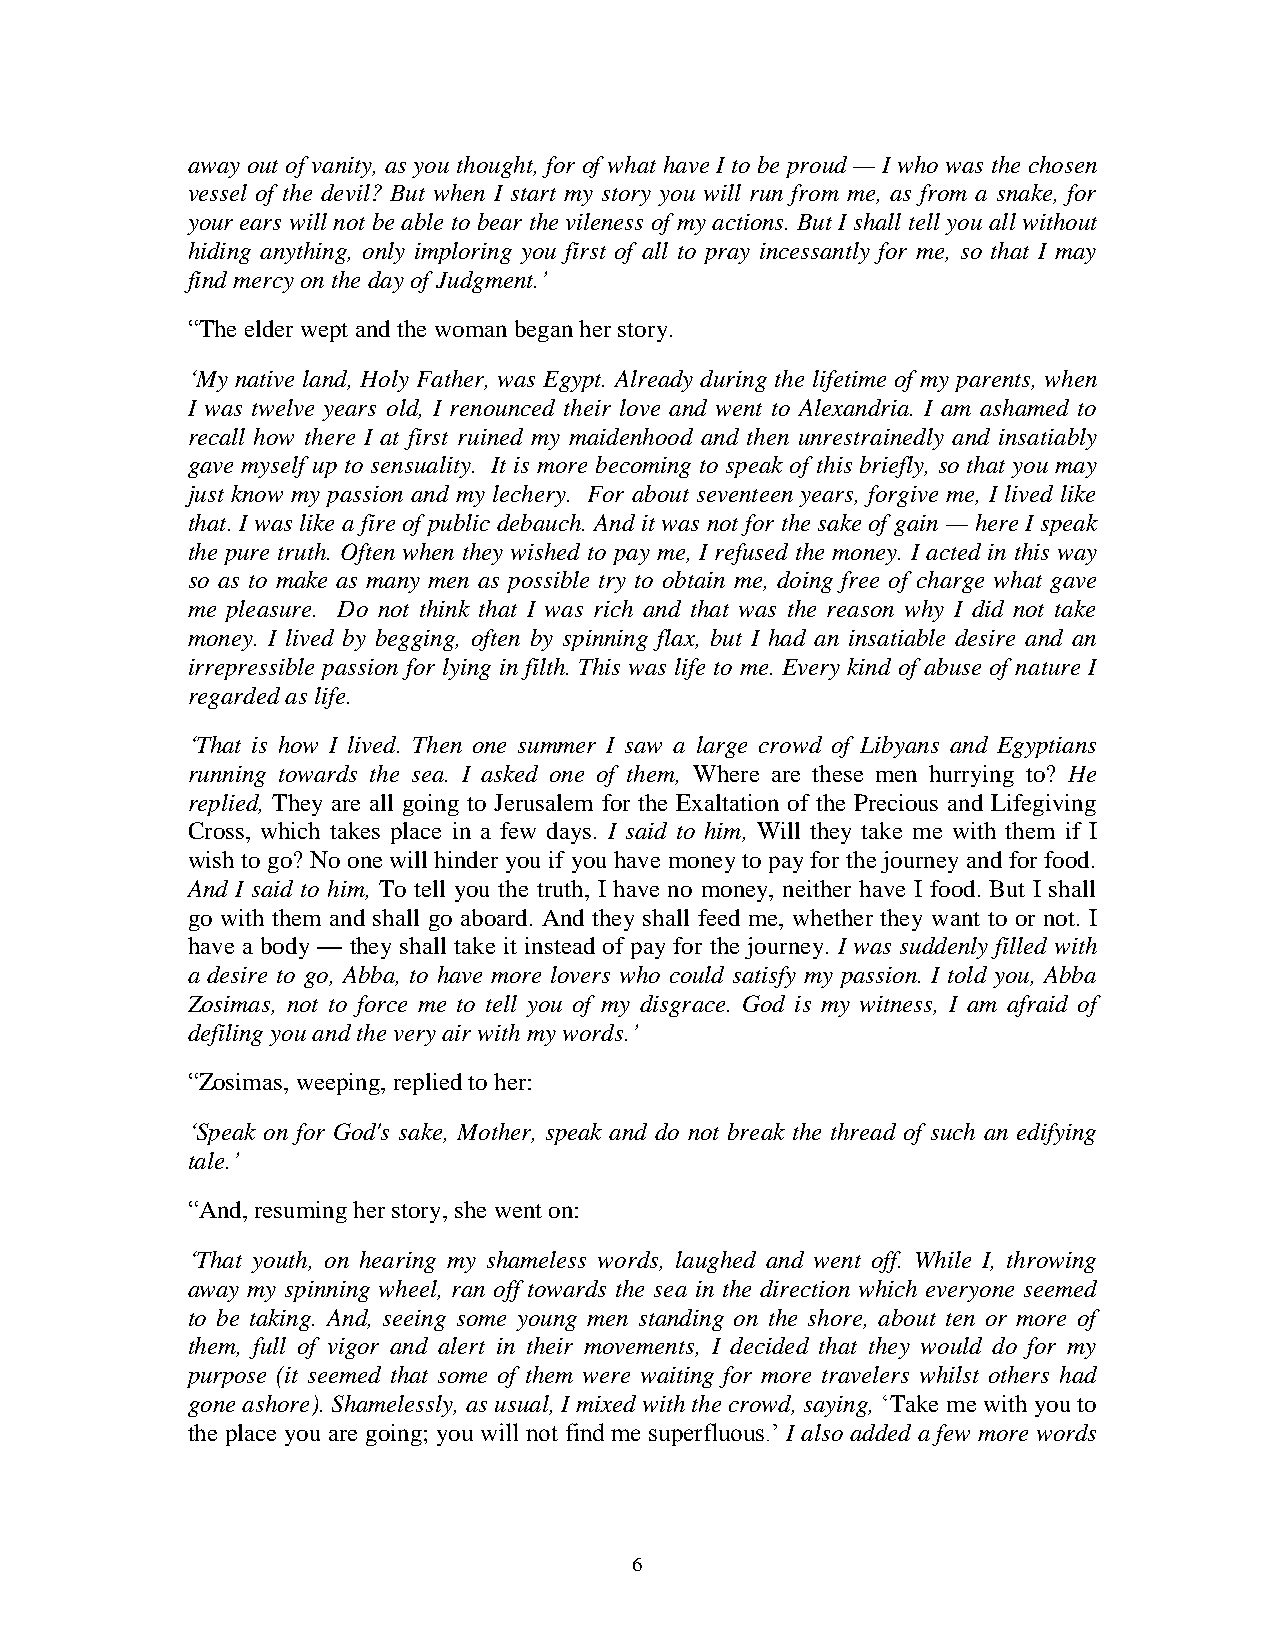
away out of vanity, as you thought, for of what have I to be proud — I who was the chosen
 vessel of the devil? But when I start my story you will run from me, as from a snake, for
 your ears will not be able to bear the vileness of my actions. But I shall tell you all without
 hiding anything, only imploring you first of all to pray incessantly for me, so that I may
 find mercy on the day of Judgment.’
 “The elder wept and the woman began her story.
 ‘My native land, Holy Father, was Egypt. Already during the lifetime of my parents, when
 I was twelve years old, I renounced their love and went to Alexandria. I am ashamed to
 recall how there I at first ruined my maidenhood and then unrestrainedly and insatiably
 gave myself up to sensuality. It is more becoming to speak of this briefly, so that you may
 just know my passion and my lechery. For about seventeen years, forgive me, I lived like
 that. I was like a fire of public debauch. And it was not for the sake of gain — here I speak
 the pure truth. Often when they wished to pay me, I refused the money. I acted in this way
 so as to make as many men as possible try to obtain me, doing free of charge what gave
 me pleasure. Do not think that I was rich and that was the reason why I did not take
 money. I lived by begging, often by spinning flax, but I had an insatiable desire and an
 irrepressible passion for lying in filth. This was life to me. Every kind of abuse of nature I
 regarded as life.
 ‘That is how I lived. Then one summer I saw a large crowd of Libyans and Egyptians
 running towards the sea. I asked one of them, Where are these men hurrying to? He
 replied, They are all going to Jerusalem for the Exaltation of the Precious and Lifegiving
 Cross, which takes place in a few days. I said to him, Will they take me with them if I
 wish to go? No one will hinder you if you have money to pay for the journey and for food.
 And I said to him, To tell you the truth, I have no money, neither have I food. But I shall
 go with them and shall go aboard. And they shall feed me, whether they want to or not. I
 have a body — they shall take it instead of pay for the journey. I was suddenly filled with
 a desire to go, Abba, to have more lovers who could satisfy my passion. I told you, Abba
 Zosimas, not to force me to tell you of my disgrace. God is my witness, I am afraid of
 defiling you and the very air with my words.’
 “Zosimas, weeping, replied to her:
 ‘Speak on for God's sake, Mother, speak and do not break the thread of such an edifying
 tale.’
 “And, resuming her story, she went on:
 ‘That youth, on hearing my shameless words, laughed and went off. While I, throwing
 away my spinning wheel, ran off towards the sea in the direction which everyone seemed
 to be taking. And, seeing some young men standing on the shore, about ten or more of
 them, full of vigor and alert in their movements, I decided that they would do for my
 purpose (it seemed that some of them were waiting for more travelers whilst others had
 gone ashore). Shamelessly, as usual, I mixed with the crowd, saying, ‘Take me with you to
 the place you are going; you will not find me superfluous.’ I also added a few more words
 6